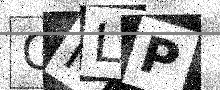
Text: OFLP